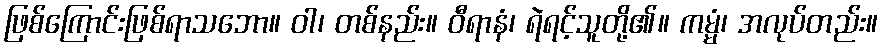
ဖြစ်ကြောင်းဖြစ်ရာသဘော။ ဝါ၊ တစ်နည်း။ ဝီရာနံ၊ ရဲရင့်သူတို့၏။ ကမ္မံ၊ အလုပ်တည်း။